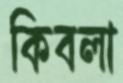
কিবলা